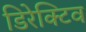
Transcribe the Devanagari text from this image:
डिरेक्टिव